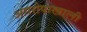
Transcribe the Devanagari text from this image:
आारोपाखाली